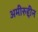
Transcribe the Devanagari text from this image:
अमीरुद्दीन